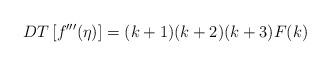
LaTeX: \begin{align*} DT\left[f'''(\eta)\right]= (k+1)(k+2)(k+3)F(k)\end{align*}